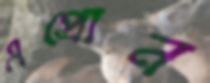
এপ্রোন